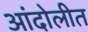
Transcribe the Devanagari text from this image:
आंदोलीत